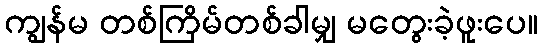
ကျွန်မ တစ်ကြိမ်တစ်ခါမျှ မတွေးခဲ့ဖူးပေ။